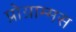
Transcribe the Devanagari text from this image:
प्रोग्राम्मस